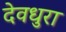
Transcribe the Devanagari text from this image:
देवधुरा